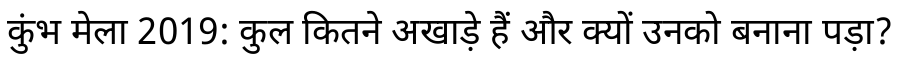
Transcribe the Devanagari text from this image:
कुंभ मेला 2019: कुल कितने अखाड़े हैं और क्यों उनको बनाना पड़ा?